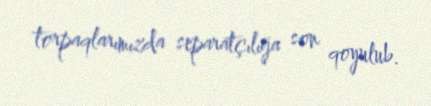
torpaqlarımızda separatçılığa son qoyulub.